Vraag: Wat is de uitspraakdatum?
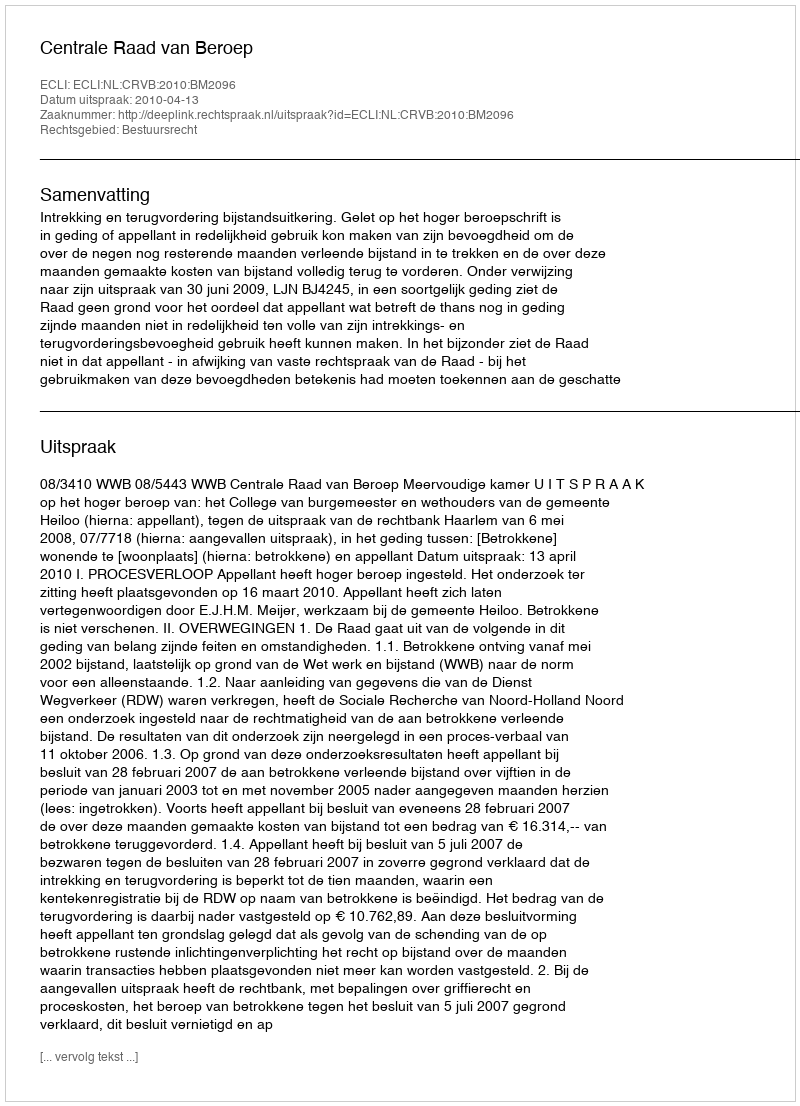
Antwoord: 2010-04-13